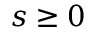
s \geq 0